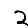
Digit: 2